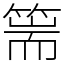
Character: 篅